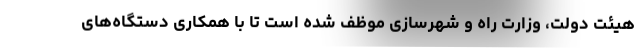
هیئت دولت، وزارت راه و شهرسازی موظف شده است تا با همکاری دستگاه‌های